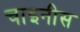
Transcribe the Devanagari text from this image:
चाइनीस